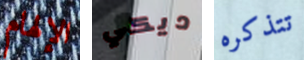
الإلهام ديكي تتذكره